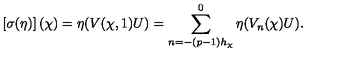
\left[ \sigma ( \eta ) \right] ( \chi ) = \eta ( V ( \chi , 1 ) U ) = \sum _ { n = - ( p - 1 ) h _ { \chi } } ^ { 0 } \eta ( V _ { n } ( \chi ) U ) .